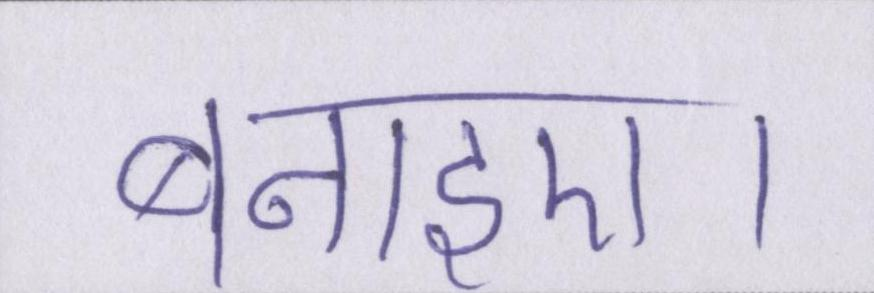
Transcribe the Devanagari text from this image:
बनाइए।